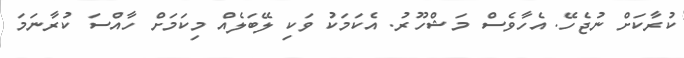
ކުރާކަށް ނުޖެހޭ. އެހާވެސް މަޝްހޫރު. އެކަމަކު ވަކި ލޭބަލެއް މިކަމަށް ހާއްސަ ކުރާނަމަ